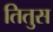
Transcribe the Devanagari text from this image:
तितुस